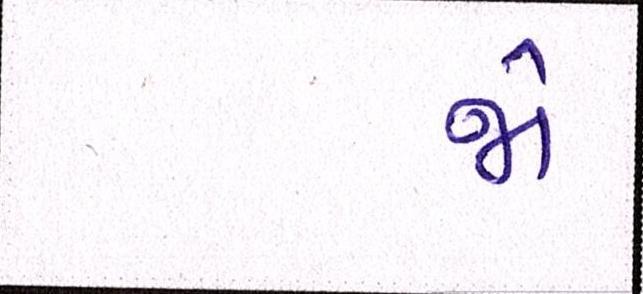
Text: જો